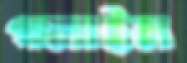
গলাইল